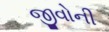
જીવોની